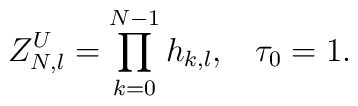
Z_{N,l}^{U}=\prod_{k=0}^{N-1}h_{k,l},\;\;\;\tau_{0}=1.